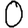
Digit: 0